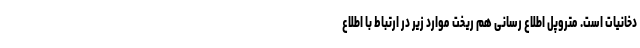
دخانیات است. متروپل اطلاع رسانی هم ریخت موارد زیر در ارتباط با اطلاع